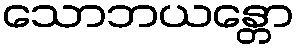
သောဘယန္တော